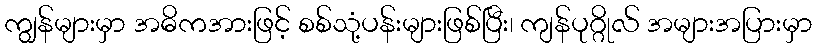
ကျွန်များမှာ အဓိကအားဖြင့် စစ်သုံ့ပန်းများဖြစ်ပြီး၊ ကျန်ပုဂ္ဂိုလ် အများအပြားမှာ